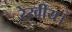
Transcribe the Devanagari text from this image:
रेखीय।